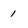
Character: 1